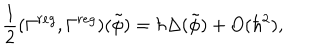
LaTeX: \frac 1 2 ( \Gamma ^ { r e g } , \Gamma ^ { r e g } ) ( \tilde { \phi } ) = \hbar \Delta ( \tilde { \phi } ) + O ( \hbar ^ { 2 } ) ,